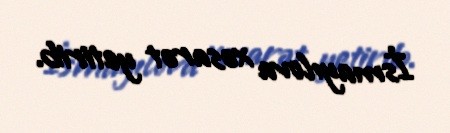
İsmayılova xəsarət yetirib.